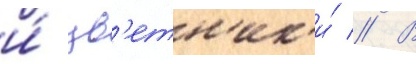
и́ цв'етн'ик'и́ // В